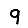
Digit: 9